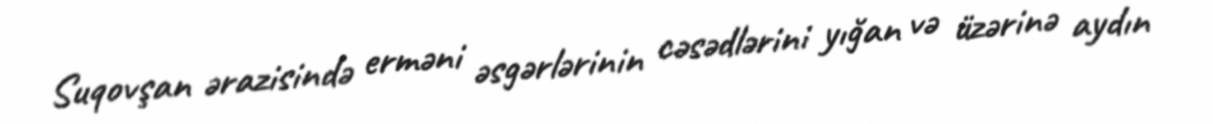
Suqovşan ərazisində erməni əsgərlərinin cəsədlərini yığan və üzərinə aydın